Indian journal of veterinary science and animal husbandry - Volumes 22-23, 1952-1953
Year: 1952
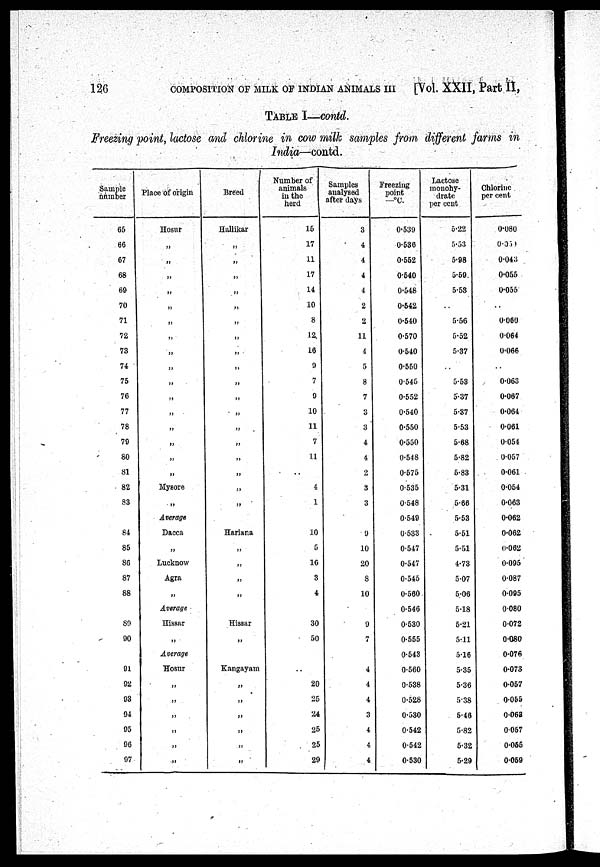
126
COMPOSITION OF MILK OF INDIAN ANIMALS III
[Vol. XXII, Part II,
TABLE I—contd.
Freezing point, lactose and chlorine in cow milk samples from different farms in
India—contd.
Sample
number
65
66
67
68
69
70
71
72
73
74
75
76
77
78
79
80
81
82
83
84
85
86
87
88
89
90
91
92
93
94
95
96
97
Place of origin
Hosur
„
„
„
„
„
„
„
„
„
„
„
„
„
„
„
„
Mysore
„
Average
Dacca
„
Lucknow
Agra
„
Average
Hissar
„
Average
Hosur
„
„
„
„
„
„
Breed
Hallikar
„
„
„
„
„
„
„
„
„
„
„
„
„
„
„
„
„
„
Hariana
„
„
„
„
Hissar
„
Kangayam
„
„
„
„
„
„
Number of
animals
in the
herd
15
17
11
17
14
10
8
12
16
9
7
9
10
11
7
11
4
1
10
5
16
3
4
30
50
..
20
25
24
25
25
29
Samples
analysed
after days
3
4
4
4
4
2
2
11
4
5
8
7
3
3
4
4
2
3
3
9
10
20
8
10
9
7
4
4
4
3
4
4
4
Freezing
point
—°C.
0.539
0.536
0.552
0.540
0.548
0.542
0.540
0.570
0.540
0.550
0.545
0.552
0.540
0.550
0.550
0.548
0.575
0.535
0.548
0.549
0.533
0.547
0.547
0.545
0.560
0.546
0.530
0.555
0.543
0.560
0.538
0.528
0.530
0.542
0.542
0.530
Lactose
monohy-
drate
per cent
5.22
5.53
5.98
5.59.
5.58
..
5.56
5.52
5.37
..
5.53
5.37
5.37
5.53
5.68
5.82
5.83
5.31
5.66
5.53
5.51
5.51
4.73
5.07
5.06
5.18
5.21
5.11
5.16
5.35
5.36
5.38
5.46
5.82
5.32
5.29
Chlorine
per cent
0.080
0.050
0.043
0.055
0.055
..
0.060
0.064
0.066
..
0.063
0.067
0.064
0.061
0.054
0.057
0.061
0.054
0.063
0.062
0.062
0.062
0.095
0.087
0.095
0.080
0.072
0.080
0.076
0.073
0.057
0.055
0.063
0.057
0.055
0.059